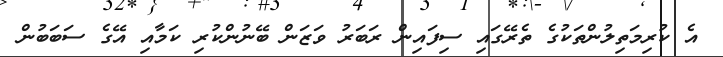
އެ ކުރިމަތިލުންތަކުގެ ތެރޭގައި ސިފައިން ރަބަރު ވަޒަން ބޭނުންކުރި ކަމާއި އޭގެ ސަބަބުން